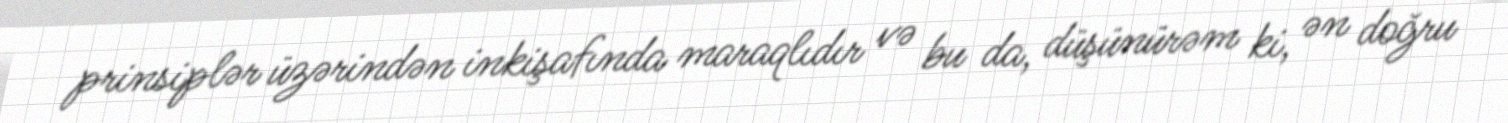
prinsiplər üzərindən inkişafında maraqlıdır və bu da, düşünürəm ki, ən doğru